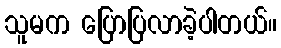
သူမက ပြောပြလာခဲ့ပါတယ်။